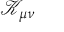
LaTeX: { \mathcal { K } } _ { \mu \nu }